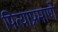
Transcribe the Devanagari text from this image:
पित्याप्रमाणे